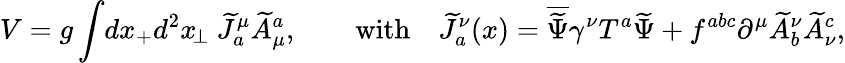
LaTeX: V=g\int\! dx_{+}d^{2}x_{\! \perp}\ \widetilde J_{a}^{\mu}\widetilde A_{\mu}^{a},\qquad\mathrm{with}\quad\widetilde J_{a}^{\nu}(x)=\overline{{{\widetilde\Psi}}}\gamma^{\nu}T^{a}\widetilde\Psi+f^{abc}\partial^{\mu}\widetilde A_{b}^{\nu}\widetilde A_{\nu}^{c},